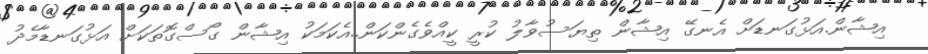
އިޝާން.އަޅުގަނޑަށް އެނގޭ އިޝާން ތިޔަސުވާލު ކުރީ ކީއްވެގެންކަން..އެކަމަކު އިޝާން ގޯސްގޮތަކަށް އަޅުގަނޑާމެދު